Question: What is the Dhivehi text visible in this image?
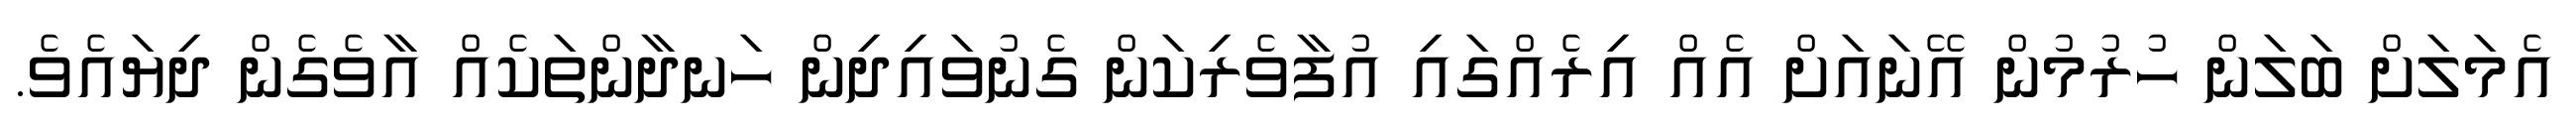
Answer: އެމަލަށް ބަލަން ހުރުމުން އޭނައަށް އެއް އިރެއްގައި އުފާވެރިކަން ގެނުވައިދިން ހަނދާންތަކެއް އާވެގެން ދިޔައެވެ.